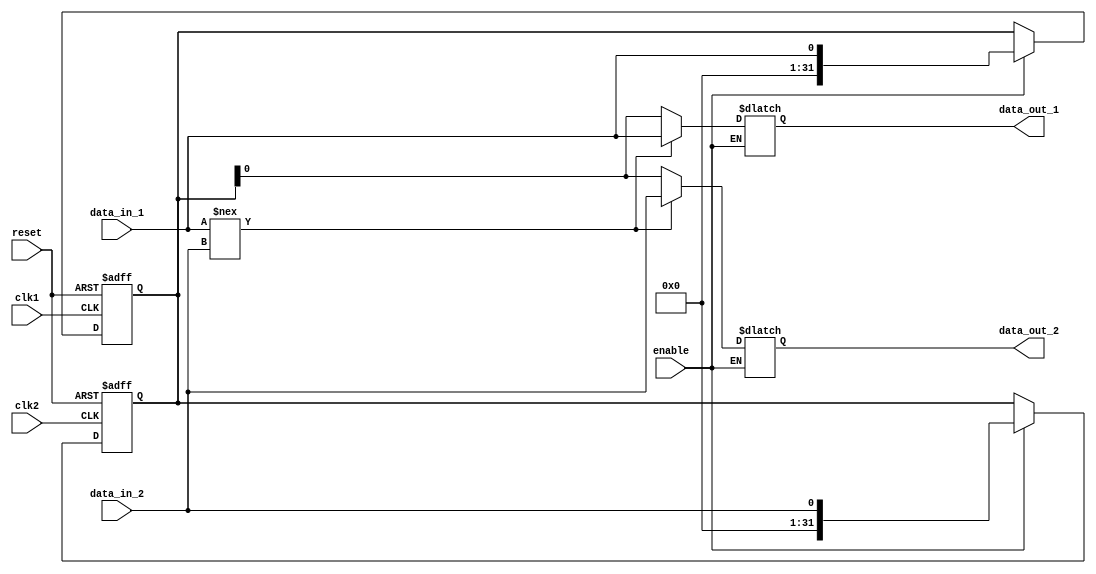
module dual_port_bypass_register(
    input wire clk1,       // Clock input for domain 1
    input wire clk2,       // Clock input for domain 2
    input wire reset,      // Reset input
    input wire enable,     // Enable signal
    input wire data_in_1,  // Data input from domain 1
    input wire data_in_2,  // Data input from domain 2
    output reg data_out_1, // Data output to domain 1
    output reg data_out_2  // Data output to domain 2
);

// Register declaration
reg [31:0] reg_data;

// Synchronization logic for domain 1
always @(posedge clk1 or posedge reset) begin
    if (reset) begin
        reg_data <= 32'h0;
    end else begin
        if (enable) begin
            reg_data <= data_in_1;
        end
    end
end

// Synchronization logic for domain 2
always @(posedge clk2 or posedge reset) begin
    if (reset) begin
        reg_data <= 32'h0;
    end else begin
        if (enable) begin
            reg_data <= data_in_2;
        end
    end
end

// Bypass logic
always @* begin
    if (enable) begin
        if (data_in_1 !== data_in_2) begin
            data_out_1 <= data_in_1;
            data_out_2 <= data_in_2;
        end else begin
            data_out_1 <= reg_data;
            data_out_2 <= reg_data;
        end
    end
end

endmodule